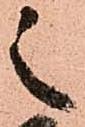
之